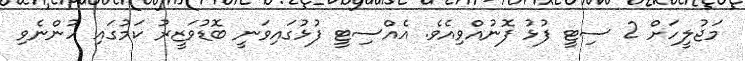
މަޖުލީހަށް 2 ސިޓީ ފުޅު ފޮނުއްވިއެވެ. އެއްސިޓީ ފުޅުގައިވަނީ ބޮޑުވަޒީރު ކަމުގައި ހުންނެވި